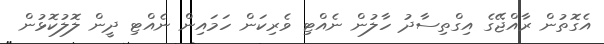
އެގޮތުން ރާއްޖޭގެ އިގްތިސާދު ހާލުން ނެއްޓި ވެރިކަން ހަމައިން ނެއްޓި ދީން ލޮލުކޮޅުން